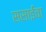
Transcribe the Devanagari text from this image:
ससाईंचा